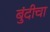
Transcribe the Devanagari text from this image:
बुंदीचा